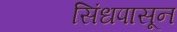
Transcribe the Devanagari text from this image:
सिंधपासून